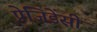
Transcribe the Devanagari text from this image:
प्रेजिडेंसी